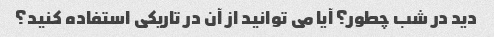
دید در شب چطور؟ آیا می توانید از آن در تاریکی استفاده کنید؟